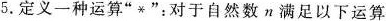
5.定义一种运算”*”：对于自然数n满足以下运算